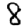
Digit: 8